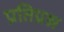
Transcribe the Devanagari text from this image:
प्रतिप्रश्न